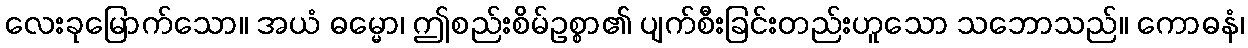
လေးခုမြောက်သော။ အယံ ဓမ္မော၊ ဤစည်းစိမ်ဥစ္စာ၏ ပျက်စီးခြင်းတည်းဟူသော သဘောသည်။ ကောဓနံ၊